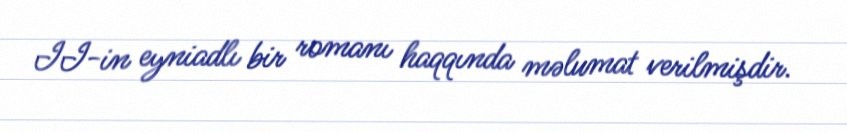
II-in eyniadlı bir romanı haqqında məlumat verilmişdir.